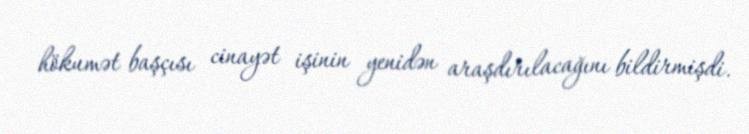
hökumət başçısı cinayət işinin yenidən araşdırılacağını bildirmişdi.